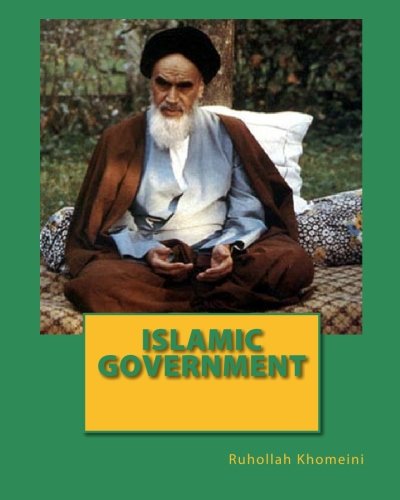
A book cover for Islamic Government; Ruhollah Khomeini; Religion & Spirituality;